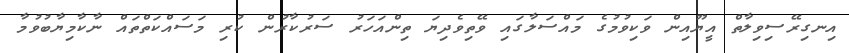
އިނގިރޭސިވިލާތް އީޔޫއިން ވަކިވުމުގެ މައްސަލާގައި ވޭތިވެދިޔަ ތިންއަހަރު ސަރުކާރުން ކުރި މަސައްކަތްތައް ނާކާމިޔާބުވުމާ